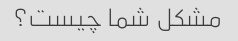
مشکل شما چیست؟